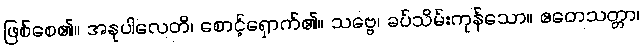
ဖြစ်စေ၏။ အနုပါလေတိ၊ စောင့်ရှောက်၏။ သဗ္ဗေ၊ ခပ်သိမ်းကုန်သော။ ဧတေသတ္တာ၊